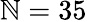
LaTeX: \mathbb{N}=35